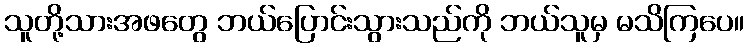
သူတို့သားအဖတွေ ဘယ်ပြောင်းသွားသည်ကို ဘယ်သူမှ မသိကြပေ။